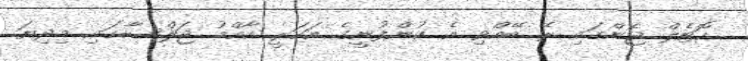
ހޮޓެލް ޖެންގައި ރޭ ބޭއްވި އެ ކުންފުނީގެ އަހަރީ އާއްމު ޖަލްސާގައި މިދިޔަ